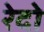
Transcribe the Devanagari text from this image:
रेदो